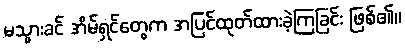
မသွားခင် အိမ်ရှင်တွေက အပြင်ထုတ်ထားခဲ့ကြခြင်း ဖြစ်၏။